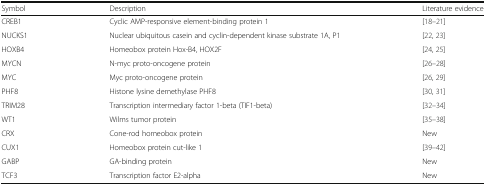
| Symbol | Description | Literature evidence |
 | --- | --- | --- |
 | CREB1 | Cyclic AMP-responsive element-binding protein 1 | [18–21] |
 | NUCKS1 | Nuclear ubiquitous casein and cyclin-dependent kinase substrate 1A, P1 | [22, 23] |
 | HOXB4 | Homeobox protein Hox-B4, HOX2F | [24, 25] |
 | MYCN | N-myc proto-oncogene protein | [26–28] |
 | MYC | Myc proto-oncogene protein | [26, 29] |
 | PHF8 | Histone lysine demethylase PHF8 | [30, 31] |
 | TRIM28 | Transcription intermediary factor 1-beta (TIF1-beta) | [32–34] |
 | WT1 | Wilms tumor protein | [35–38] |
 | CRX | Cone-rod homeobox protein | New |
 | CUX1 | Homeobox protein cut-like 1 | [39–42] |
 | GABP | GA-binding protein | New |
 | TCF3 | Transcription factor E2-alpha | New |